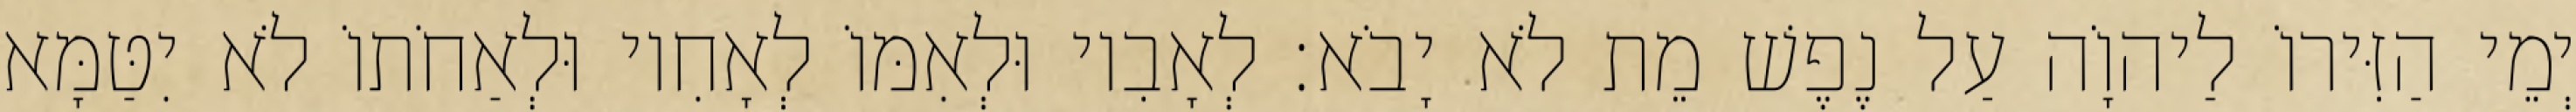
יְמֵי הַזִּירוֹ לַיהוָֹה עַל נֶפֶשׁ מֵת לֹא יָבֹא׃ לְאָבִיו וּלְאִמּוֹ לְאָחִיו וּלְאַחֹתוֹ לֹא יִטַּמָּא